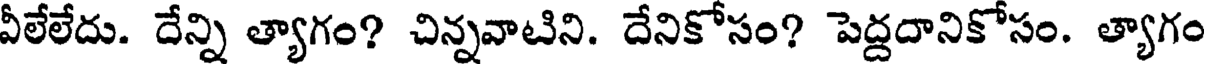
వీలేలేదు. దేన్ని త్యాగం? చిన్నవాటిని. దేనికోసం? పెద్దదానికోసం. త్యాగం